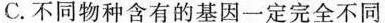
C.不同物种含有的基因一定完全不同